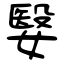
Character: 嫛